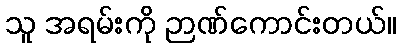
သူ အရမ်းကို ဉာဏ်ကောင်းတယ်။